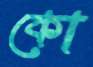
কো